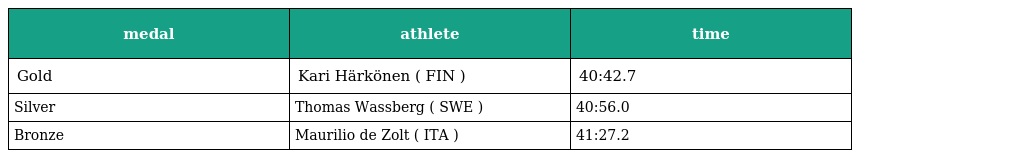
| medal | athlete | time |
 | --- | --- | --- |
 | Gold | Kari Härkönen ( FIN ) | 40:42.7 |
 | Silver | Thomas Wassberg ( SWE ) | 40:56.0 |
 | Bronze | Maurilio de Zolt ( ITA ) | 41:27.2 |